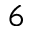
^ { 6 }